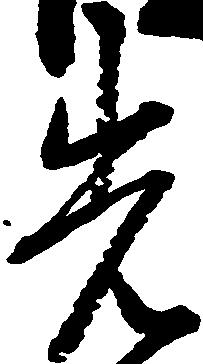
先